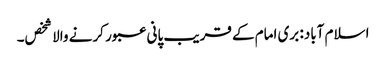
اسلام آباد: بری امام کے قریب پانی عبور کرنے والا شخص۔